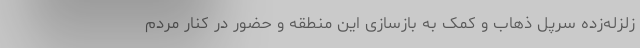
زلزله‌زده سرپل ذهاب و کمک به بازسازی این منطقه و حضور در کنار مردم